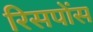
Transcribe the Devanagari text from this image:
रिसपोंस